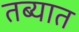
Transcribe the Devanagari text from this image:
तब्यात